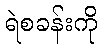
ရဲစခန်းကို